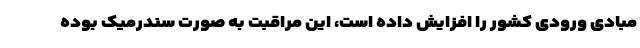
مبادی ورودی کشور را افزایش داده است، این مراقبت به صورت سندرمیک بوده